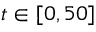
t \in [ 0 , 5 0 ]